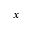
x